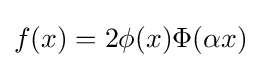
f(x)=2\phi (x)\Phi (\alpha x)